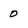
Character: 0